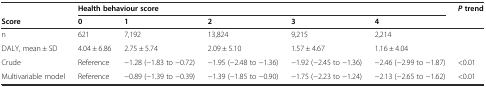
|  | <COLSPAN=5> Health behaviour score | Ptrend |
 | Score | 0 | 1 | 2 | 3 | 4 |  |
 | --- | --- | --- | --- | --- | --- | --- |
 | n | 621 | 7,192 | 13,824 | 9,215 | 2,214 |  |
 | DALY, mean ± SD | 4.04 ± 6.86 | 2.75 ± 5.74 | 2.09 ± 5.10 | 1.57 ± 4.67 | 1.16 ± 4.04 |  |
 | Crude | Reference | −1.28 (−1.83 to −0.72) | −1.95 (−2.48 to −1.36) | −1.92 (−2.45 to −1.36) | −2.46 (−2.99 to −1.87) | <0.01 |
 | Multivariable model | Reference | −0.89 (−1.39 to −0.39) | −1.39 (−1.85 to −0.90) | −1.75 (−2.23 to −1.24) | −2.13 (−2.65 to −1.62) | <0.01 |